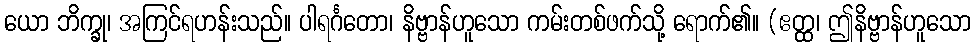
ယော ဘိက္ခု၊ အကြင်ရဟန်းသည်။ ပါရင်္ဂတော၊ နိဗ္ဗာန်ဟူသော ကမ်းတစ်ဖက်သို့ ရောက်၏။ (ဧတ္ထ၊ ဤနိဗ္ဗာန်ဟူသော